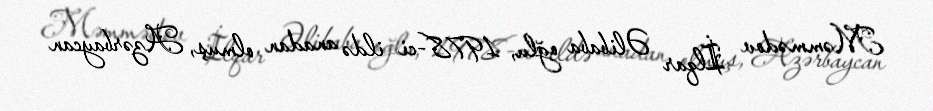
Məmmədov İlqar Əlibaba oğlu, 1978-ci ildə anadan olmuş, Azərbaycan